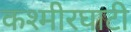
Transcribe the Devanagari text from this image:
कश्मीरघाटी